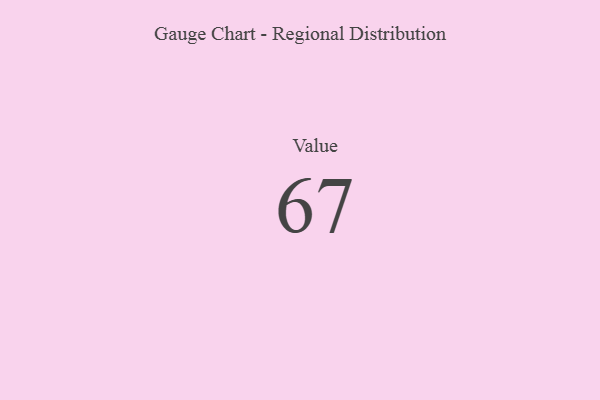
{"axis": {"x": "Metric", "y": "Value"}, "legend": [""], "data": [{"x": "Value", "y": 67, "type": ""}]}